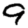
Digit: 9